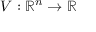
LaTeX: V : { \mathbb { R } } ^ { n } \rightarrow { \mathbb { R } }